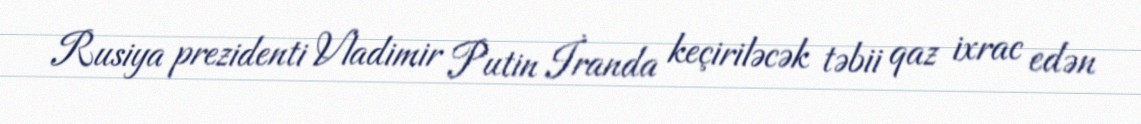
Rusiya prezidenti Vladimir Putin İranda keçiriləcək təbii qaz ixrac edən